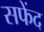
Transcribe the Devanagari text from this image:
सफेंद